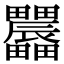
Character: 𤴌